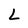
Character: L